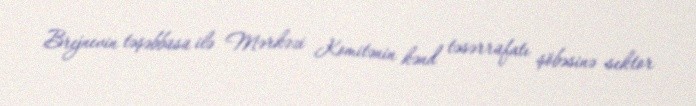
Brejnevin təşəbbüsü ilə Mərkəzi Komitənin kənd təsərrüfatı şöbəsinə sektor